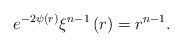
LaTeX: \begin{align*}e^{-2\psi\left( r\right)} \xi^{n-1}\left( r\right) =r^{n-1}.\end{align*}